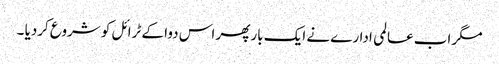
مگر اب عالمی ادارے نے ایک بار پھر اس دوا کے ٹرائل کو شروع کردیا ۔